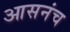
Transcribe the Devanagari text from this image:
आसनंच